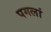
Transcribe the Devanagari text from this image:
पगलां